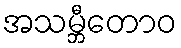
အသမ္ဘီတောဝ